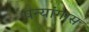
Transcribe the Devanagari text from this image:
षन्यांगास